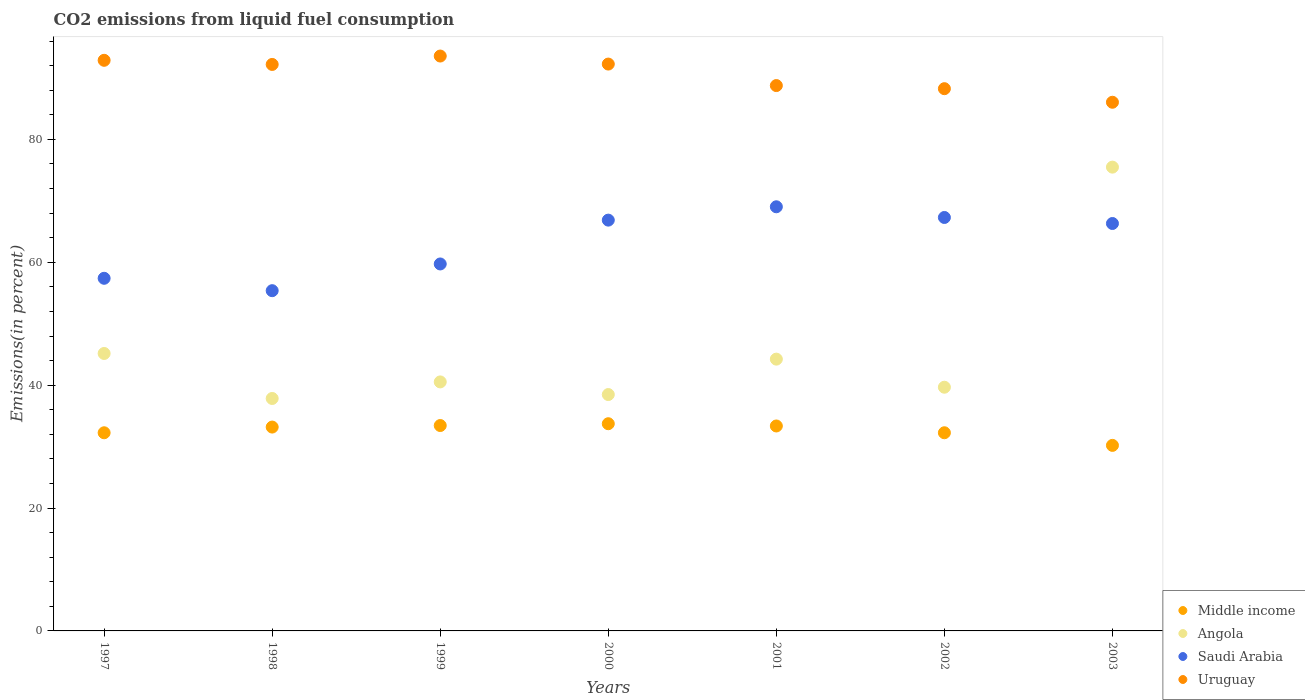
| Years | Middle income | Angola | Saudi Arabia | Uruguay |
 | --- | --- | --- | --- | --- |
 | 1997 | 32.3 | 45.2 | 57.4 | 92.9 |
 | 1998 | 33.2 | 37.8 | 55.4 | 92.2 |
 | 1999 | 33.4 | 40.5 | 59.7 | 93.6 |
 | 2000 | 33.7 | 38.5 | 66.9 | 92.3 |
 | 2001 | 33.4 | 44.2 | 69 | 88.8 |
 | 2002 | 32.3 | 39.7 | 67.3 | 88.3 |
 | 2003 | 30.2 | 75.5 | 66.3 | 86 |